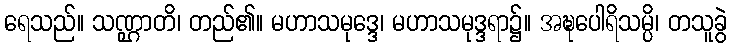
ရေသည်။ သဏ္ဌာတိ၊ တည်၏။ မဟာသမုဒ္ဒေ၊ မဟာသမုဒ္ဒရာ၌။ အဍ္ဎပေါရိသမ္ပိ၊ တသူခွဲ